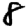
Digit: 8